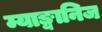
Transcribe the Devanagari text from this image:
म्याङ्यानिज